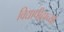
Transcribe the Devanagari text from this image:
विद्यापीठाच्‍या